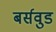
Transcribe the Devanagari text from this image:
बर्सवुड